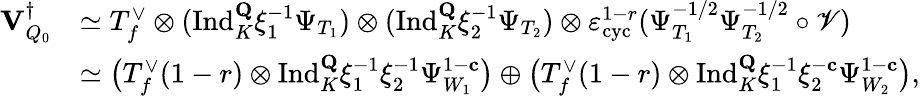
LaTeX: \begin{array}{rl}{{\mathbf{V}_{Q_{0}}^{\dagger}}}&{\simeq T_{f}^{\vee}\otimes(\mathrm{Ind}_{K}^{\mathbf{Q}}\xi_{1}^{-1}\Psi_{T_{1}})\otimes(\mathrm{Ind}_{K}^{\mathbf{Q}}\xi_{2}^{-1}\Psi_{T_{2}})\otimes\varepsilon_{\mathrm{cyc}}^{1-r}(\Psi_{T_{1}}^{-1/2}\Psi_{T_{2}}^{-1/2}\circ\mathscr{V})}\\ &{\simeq\bigl(T_{f}^{\vee}(1-r)\otimes\mathrm{Ind}_{K}^{\mathbf{Q}}\xi_{1}^{-1}\xi_{2}^{-1}\Psi_{W_{1}}^{1-\mathbf{c}}\bigr)\oplus\bigl(T_{f}^{\vee}(1-r)\otimes\mathrm{Ind}_{K}^{\mathbf{Q}}\xi_{1}^{-1}\xi_{2}^{-\mathbf{c}}\Psi_{W_{2}}^{1-\mathbf{c}}\bigr),}\end{array}